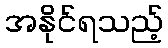
အနိုင်ရသည့်